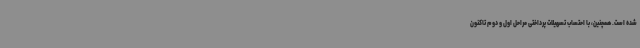
شده است. همچنین، با احتساب تسهیلات پرداختی مراحل اول و دوم تاکنون